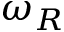
\omega _ { R }